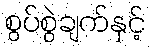
စွပ်စွဲချက်နှင့်